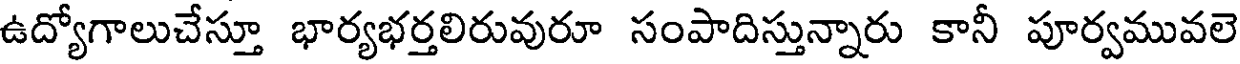
ఉద్యోగాలుచేస్తూ భార్యభర్తలిరువురూ సంపాదిస్తున్నారు కానీ పూర్వమువలె